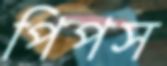
পিপস